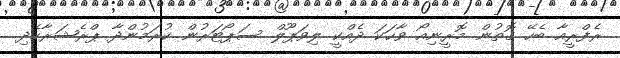
ރެފްރީއާ ބެހޭ ގޮތުން މޮރީނިއޯ ވާހަކަ ދެއްކީ ލިވަޕޫލް ސަޕޯޓަރުން ކުރަމުންދާ ޕްރެޝަރާހެދި